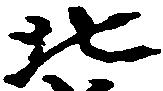
北